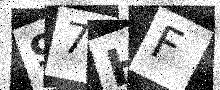
Text: 97HF